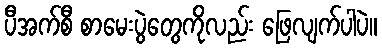
ပီအက်စီ စာမေးပွဲတွေကိုလည်း ဖြေလျက်ပါပဲ။